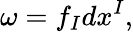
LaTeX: \omega=f_{I}dx^{I},